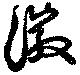
徽